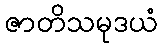
ဇာတိသမုဒယံ